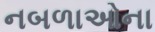
નબળાઓના